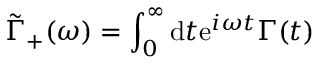
\Tilde { \Gamma } _ { + } ( \omega ) = \int _ { 0 } ^ { \infty } \mathrm { d } t \mathrm { e } ^ { i \omega t } \Gamma ( t )